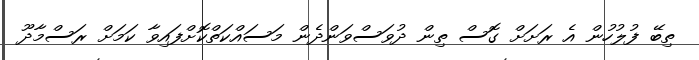
ތިބޭ ފުލުހުން އެ ރަށަށް ގޮސް ތިން ދުވަސްވަންދެން މަސައްކަތްކޮށްފައިވާ ކަމަށް ރަސްމާދޫ